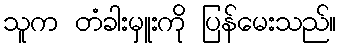
သူက တံခါးမှူးကို ပြန်မေးသည်။